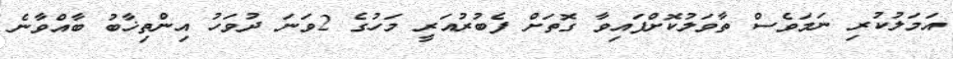
އަމަލުކުރި ނަމަވެސް ތާވަލުކޮށްފައިވާ ގޮތަށް ފެބުރުއަރީ މަހުގެ 2ވަނަ ދުވަހު އިންތިޚާބު ބާއްވާނެ